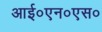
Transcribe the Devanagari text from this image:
आई०एन०एस०